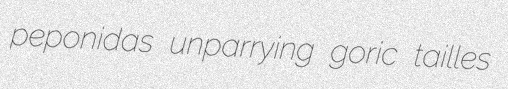
peponidas unparrying goric tailles